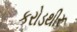
કરોડથીરૂ